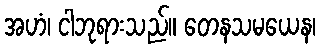
အဟံ၊ ငါဘုရားသည်။ တေနသမယေန၊